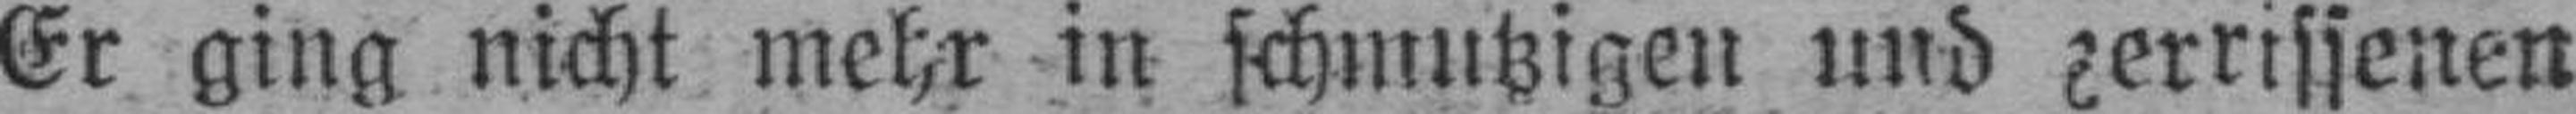
Er ging nicht mehr in schmutzigen und zerrissenen